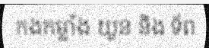
កងកម្លាំង យួន និង ទ័ព